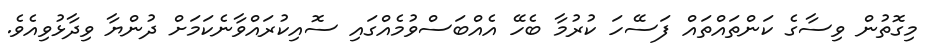
މިގޮތުން ވިސާގެ ކަންތައްތައް ފަސޭހަ ކުރުމާ ބެހޭ އެއްބަސްވުމެއްގައި ސޮއިކުރައްވާނެކަމަށް ދުންޔާ ވިދާޅުވިއެވެ.